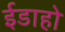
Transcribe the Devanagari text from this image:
ईडाहो